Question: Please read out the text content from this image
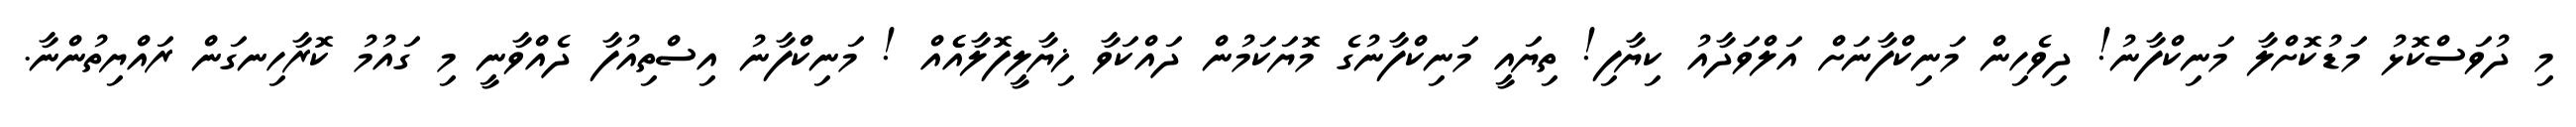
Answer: މި ދުވަސްކޮޅު މަޑުކޮށްލާ މަނިކްފާނު! ދިވެހިން މަނިކްފާނަށް އަލްވަދާއު ކިޔާފި! ތިޔައީ މަނިކްފާނުގެ މޮޔަކަމުން ދައްކަވާ ޚިޔާލީފޮލާއެެއް ! މަނިކްފާނު އިސްތިއުފާ ދެއްވާނީ މި ގައުމު ކޮރާހިނގަން ރައްޔިތުންނާ.